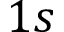
1 s